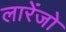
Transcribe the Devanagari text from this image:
लारेंजो